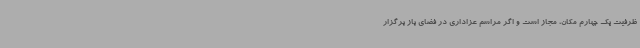
ظرفیت یک چهارم مکان، مجاز است و اگر مراسم عزاداری در فضای باز برگزار